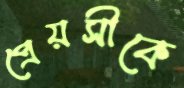
প্রেয়সীকে